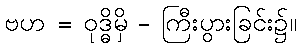
ဗဟ = ဝုဒ္ဓိမှိ - ကြီးပွားခြင်း၌။